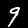
Digit: 9